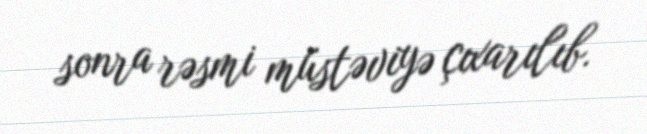
sonra rəsmi müstəviyə çıxarılıb.